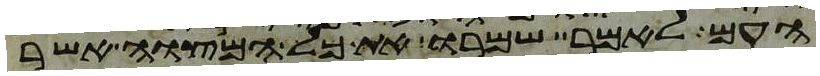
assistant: העם לאמר שמרו את כל המצוה אשר